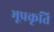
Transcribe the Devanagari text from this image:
भूप्रकृति